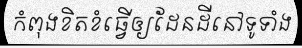
កំពុងខិតខំធ្វើឲ្យដែនដីនៅទូទាំង